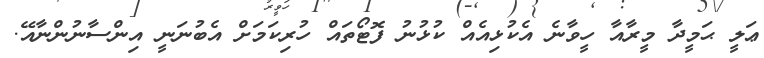
ޢަލީ ޙަމީދާ މީރާއާ ހީވާނެ އެކުޅިއެއް ކުޅުނު ފޮޓޯތައް ހުރިކަމަށް އެބުނަނީ އިންސާނުންނާއޭ.